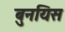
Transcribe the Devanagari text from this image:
बुनयिस